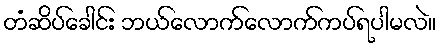
တံဆိပ်ခေါင်း ဘယ်လောက်လောက်ကပ်ရပါမလဲ။